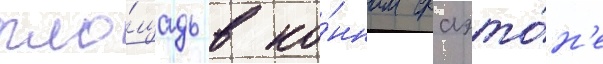
пло́щадь в ко́нном фаэто́н'е